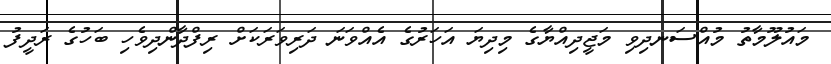
މައުލޫމާތު މުއްސަނދިވި މަޖީދިއްޔާގެ މިދިޔަ އަހަރުގެ އެއްވަނަ ދަރިވަރަކަށް ރިފްދާންދިވެހި ބަހުގެ ރަދީފު